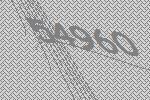
54960